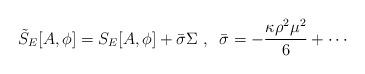
LaTeX: \begin{align*}\tilde{S}_E[A,\phi]=S_E[A,\phi]+\bar{\sigma }\Sigma\;,\;\; \bar{\sigma }=-\frac{\kappa\rho^2\mu^2}{6}+\cdots\end{align*}